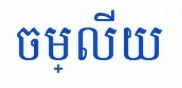
ចម្លើយ